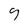
Character: 9